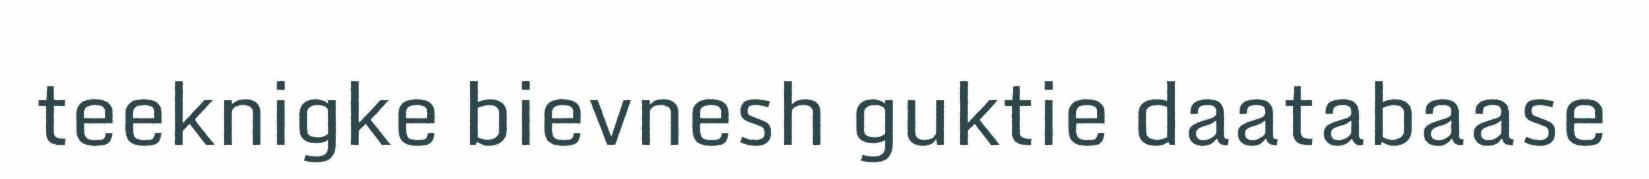
teeknigke bievnesh guktie daatabaase